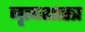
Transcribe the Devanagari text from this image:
नृत्‍यशास्‍त्र